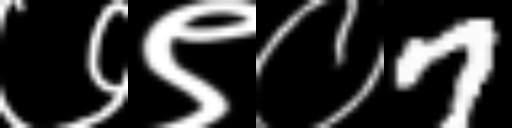
Text: ७९०7